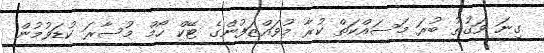
ގިނަ ވަގުތު ބުރަ މަސައްކަތް ކުރާ މުވައްޒަފުންގެ ޓޭކް ހޯމް މުސާރަ ކުޑަވުމުން